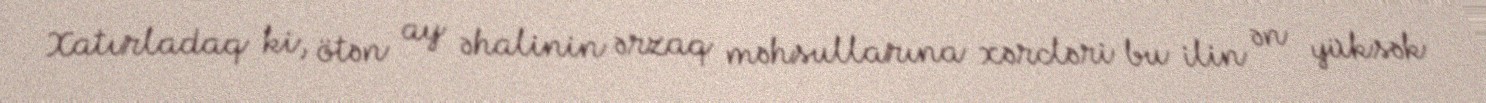
Xatırladaq ki, ötən ay əhalinin ərzaq məhsullarına xərcləri bu ilin ən yüksək